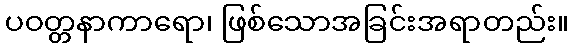
ပဝတ္တနာကာရော၊ ဖြစ်သောအခြင်းအရာတည်း။